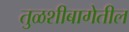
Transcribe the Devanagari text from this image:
तुळशीबागेतील